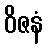
ဝိဇနံ